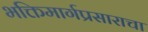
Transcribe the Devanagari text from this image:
भक्तिमार्गप्रसाराचा